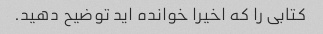
کتابی را که اخیرا خوانده اید توضیح دهید.